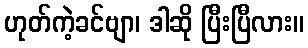
ဟုတ်ကဲ့ခင်ဗျာ၊ ဒါဆို ပြီးပြီလား။